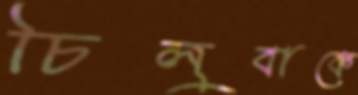
চিলুবাকে